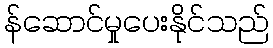
န်ဆောင်မှုပေးနိုင်သည်